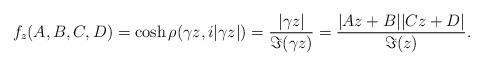
LaTeX: \begin{align*} f_z (A,B,C,D) =\cosh \rho(\gamma z, i|\gamma z|) = \frac{|\gamma z|}{\Im(\gamma z)} = \frac{|Az+B||Cz+D|}{\Im (z)}.\end{align*}